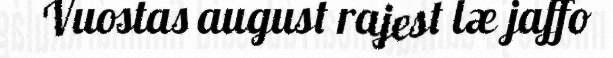
Vuostas august rajest læ jaffo